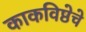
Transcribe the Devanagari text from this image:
काकविष्ठेचे